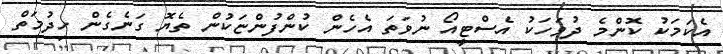
އެކަަަމަކު ކޮންމެ ދުވަހަކު އެސްޓީއޯ ނުވަތަ އެހެން ކުންފުންޏަކުން ތެޔޮ ގަނެގެން ހިދުމަތް